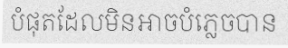
បំផុតដែលមិនអាចបំភ្លេចបាន